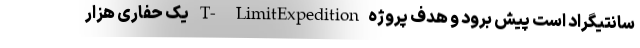
سانتیگراد است پیش برود و هدف پروژهT- LimitExpedition یک حفاری هزار